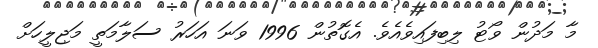
މާ މަދުން ވޯޓު ލިބިފައިވެއެވެ. އެގޮތުން 1996 ވަނަ އަހަރު ސަލާމަތީ މަޖިލީހަށް